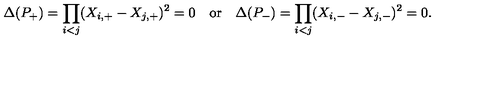
\Delta ( P _ { + } ) = \prod _ { i < j } ( X _ { i , + } - X _ { j , + } ) ^ { 2 } = 0 \quad \mathrm { o r } \quad \Delta ( P _ { - } ) = \prod _ { i < j } ( X _ { i , - } - X _ { j , - } ) ^ { 2 } = 0 .